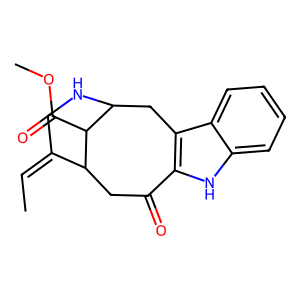
SMILES: CC=C1CNC2Cc3c([nH]c4ccccc34)C(=O)CC1C2C(=O)OC
Inhibits HIV replication: No